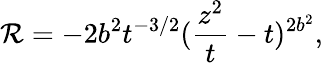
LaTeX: {\cal R}=-2b^{2}t^{-3/2}(\frac{z^{2}}{t}-t)^{2b^{2}},